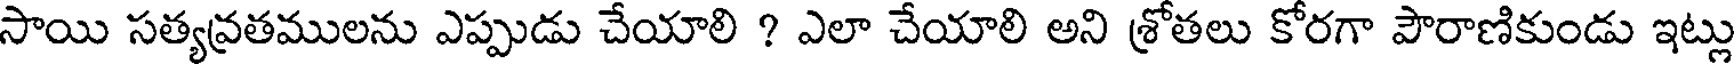
సాయి సత్యవ్రతములను ఎప్పుడు చేయాలి ? ఎలా చేయాలి అని శ్రోతలు కోరగా పౌరాణికుండు ఇట్లు